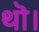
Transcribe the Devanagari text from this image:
थॊ।